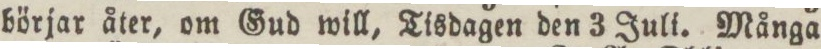
börjar åter, om Gud will, Tisdagen den 3 Juli. Många